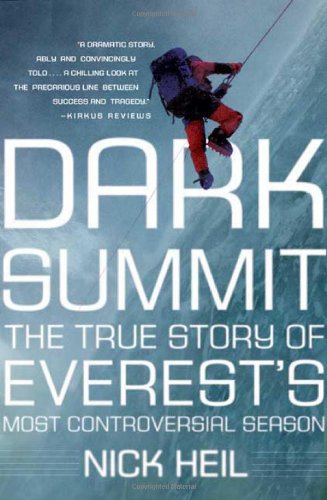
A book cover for Dark Summit: The True Story of Everest's Most Controversial Season; Nick Heil; Science & Math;